Vaccination in Burma 1920-1933 - 1920-1933
Year: 1920
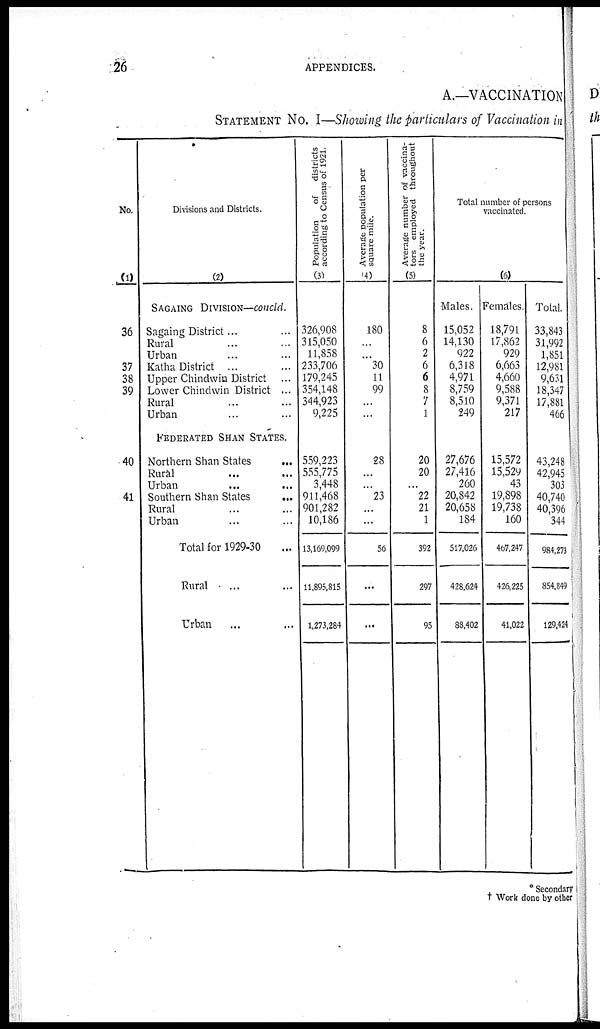
26
APPENDICES.
A.—VACCINATION
STATEMENT No. I—Showing the particulars of Vaccination in
No.
(1)
36
37
38
39
40
41
Divisions and Districts.
(2)
SAGAING DIVISION—concld.
Sagaing District... ...
Rural... ...
Urban... ...
Katha District ... ...
Upper Chindwin District ...
Lower Chindwin District ...
Rural... ...
Urban... ...
Federated Shan States.
Northern Shan States
...
Rural... ...
Urban... ...
Southern Shan States
...
Rural... ...
Urban... ...
Total for 1929-30... ...
Rural... ...
Urban... ...
Population
of
districts
according to Census of 1921.
(3)
326,908
315,050
11,858
233,706
179,245
354,148
344,923
9,225
559,223
555,775
3,448
911,468
901,282
10,186
13,169,099
11,895,815
1,273,284
Average population per
square mile.
(4)
180
...
...
30
11
99
...
...
28
...
...
23
...
...
56
...
...
Average number of vaccina-
tors employed throughout
the year.
(5)
8
6
2
6
6
8
7
1
20
20
...
22
21
1
392
297
95
Total number of persons
vaccinated.
(6)
Males.
15,052
14,130
922
6,318
4,971
8,759
8,510
249
27,676
27,416
260
20,842
20,658
184
517,026
428,624
88,402
Females.
18,791
17,862
929
6,663
4,660
9,588
9,371
217
15,572
15,529
43
19,898
19,738
160
467,247
426,225
41,022
Total.
33,843
31,992
1,851
12,981
9,631
18,347
17,881
466
43,248
42,945
303
40,740
40,396
344
984,273
854,849
129,424
* Secondary
† Work done by other